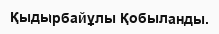
Қыдырбайұлы Қобыланды.